Report on vaccination in the Province of Bengal - 1874-1889
Year: 1874
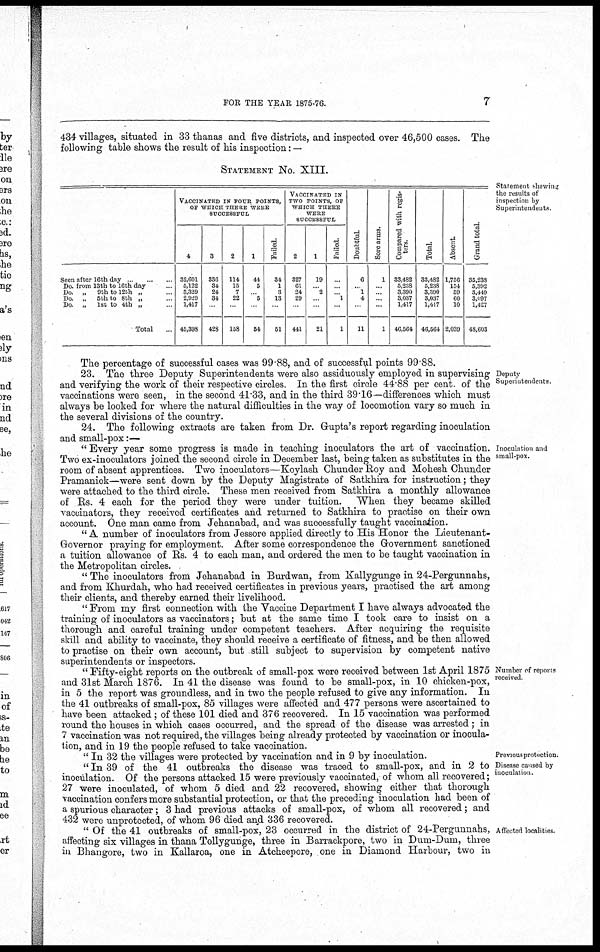
FOR THE YEAR 1875-76.
7
434 villages, situated in 33 thanas and five districts, and inspected over 46,500 cases. The
following table shows the result of his inspection: —
Statement shewing
the results of
inspection by
Superintendents
STATEMENT No. XIII.
Seen after 16th day ... ... ...
Do. from 13th to 16th day...
Do. „
9th to 12th „ ...
Do. „ 5th to 8th „ ...
Do. „
1st to 4th „ ...
Total ...
VACCINATED IN FOUR POINTS,
OF WHICH THERE WERE
SUCCESSFUL
4
32,601
6,122
3,329
2,929
1,417
45,398
3
336
34
24
34
...
428
2
114
15
7
22
...
158
1
44
5
... 5
...
54
Failed.
34
1
3
13
...
51
VACCINATED IN
TWO POINTS, OF
WHICH THERE
WERE
SUCCESSFUL
2
327
61
24
29
...
441
1
19
... 2
...
...
21
Failed.
...
...
... 1
...
1
Doubtful.
6
...
1
4
...
11
Sore arms.
1
...
...
...
...
1
Compared with regis-
ters.
33,482
5,238
3,390
3,037
1,417
46,564
Total.
33,482
5,238
3,390
3,037
1,417
46,564
Absent.
1,756
154
59
60
10
2,039
Grand total.
35,233
5,392
3,449
3,097
1,427
48,603
Deputy
Superintendents
The percentage of successful cases was 99.88, and of successful points 99.88.
23. The three Deputy Superintendents were also assiduously employed in supervising
and verifying the work of their respective circles. In the first circle 44.88 per cent. of the
vaccinations were seen, in the second 41.33, and in the third 39.16—differences which must
always be looked for where the natural difficulties in the way of locomotion vary so much in
the several divisions of the country.
24. The following extracts are taken from Dr. Gupta's report regarding inoculation
and small-pox:—
Inoculation and
small-pox.
" Every year some progress is made in teaching inoculators the art of vaccination.
Two ex-inoculators joined the second circle in December last, being taken as substitutes in the
room of absent apprentices. Two inoculators—Koylash Chunder Roy and Mohesh Chunder
Pramanick—were sent down by the Deputy Magistrate of Satkhira for instruction; they
were attached to the third circle. These men received from Satkhira a monthly allowance
of Rs. 4 each for the period they were under tuition. When they became skilled
vaccinators, they received certificates and returned to Satkhira to practise on their own
account. One man came from Jehanabad, and was successfully taught vaccination.
" A number of inoculators from Jessore applied directly to His Honor the Lieutenant-
Governor praying for employment. After some correspondence the Government sanctioned
a tuition allowance of Rs. 4 to each man, and ordered the men to be taught vaccination in
the Metropolitan circles.
" The inoculators from Jehanabad in Burdwan, from Kallygunge in 24-Pergunnahs,
and from Khurdah, who had received certificates in previous years, practised the art among
their clients, and thereby earned their livelihood.
" From my first connection with the Vaccine Department I have always advocated the
training of inoculators as vaccinators; but at the same time I took care to insist on a
thorough and careful training under competent teachers. After acquiring the requisite
skill and ability to vaccinate, they should receive a certificate of fitness, and be then allowed
to practise on their own account, but still subject to supervision by competent native
superintendents or inspectors.
Number of reports
received.
" Fifty-eight reports on the outbreak of small-pox were received between 1st April 1875
and 31st March 1876. In 41 the disease was found to be small-pox, in 10 chicken-pox,
in 5 the report was groundless, and in two the people refused to give any information. In
the 41 outbreaks of small-pox, 85 villages were affected and 477 persons were ascertained to
have been attacked; of these 101 died and 376 recovered. In 15 vaccination was performed
round the houses in which cases occurred, and the spread of the disease was arrested; in
7 vaccination was not required, the villages being already protected by vaccination or inocula-
tion, and in 19 the people refused to take vaccination.
Previous protection.
Disease caused by
inoculation.
" In 32 the villages were protected by vaccination and in 9 by inoculation.
" In 39 of the 41 outbreaks the disease was traced to small-pox, and in 2 to
inoculation. Of the persons attacked 15 were previously vaccinated, of whom all recovered;
27 were inoculated, of whom 5 died and 22 recovered, showing either that thorough
vaccination confers more substantial protection, or that the preceding inoculation had been of
a spurious character; 3 had previous attacks of small-pox, of whom all recovered; and
432 were unprotected, of whom 96 died and 336 recovered.
Affected localities.
" Of the 41 outbreaks of small-pox, 23 occurred in the district of 24-Pergunnahs,
affecting six villages in thana Tollygunge, three in Barrackpore, two in Dum-Dum, three
in Bhangore, two in Kallaroa, one in Atcheepore, one in Diamond Harbour, two in